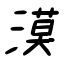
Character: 漠